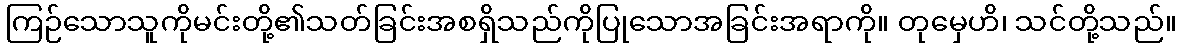
ကြဉ်သောသူကိုမင်းတို့၏သတ်ခြင်းအစရှိသည်ကိုပြုသောအခြင်းအရာကို။ တုမှေဟိ၊ သင်တို့သည်။